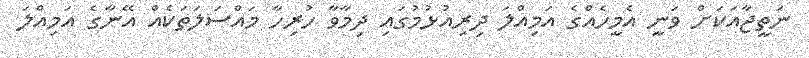
ނަތީޖާއަކަށް ވަނީ އެމީހެއްގެ އަމިއްލަ ދިރިއުޅުމުގައި ދިމާވާ ހުރިހާ މައްސަލަތަކެއް އޭނާގެ އަމިއްލަ